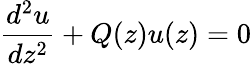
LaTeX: {\frac{d^{2}u}{dz^{2}}}+Q(z)u(z)=0